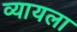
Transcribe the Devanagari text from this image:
व्यायला